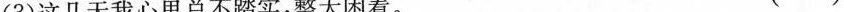
(3)这几天我心里总不踏实，整天闲着。 ( )